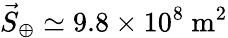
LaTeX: {\vec{S}}_{\oplus}\simeq 9.8\times 10^{8}~\mathrm{m}^{2}